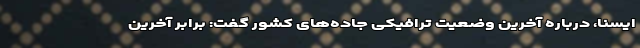
ایسنا، درباره آخرین وضعیت ترافیکی جاده‌های کشور گفت: برابر آخرین